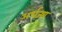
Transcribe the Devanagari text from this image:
अर्धज्या